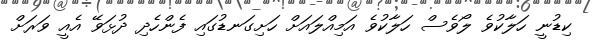
ކިޑުނީ ހަލާކުވެ ލޯވެސް ހަލާކުވެ އަމިއްލައަށް ހަށިގަނޑުގައި ފެންހެދި ދުޅަވޭ އެއީ ވަރަށް